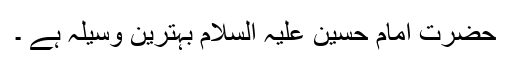
حضرت امام حسین علیہ السلام بہترین وسیلہ ہے ۔